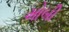
મોબી